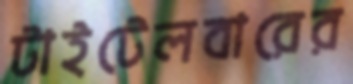
টাইটেলবারের